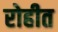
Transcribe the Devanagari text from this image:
रोहीत